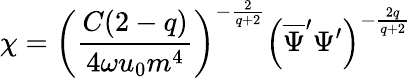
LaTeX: \chi=\left(\frac{C(2-q)}{4\omega u_{0}m^{4}}\right)^{-\frac{2}{q+2}}\left(\overline{{{\Psi}}}^{\prime}\Psi^{\prime}\right)^{-\frac{2q}{q+2}}